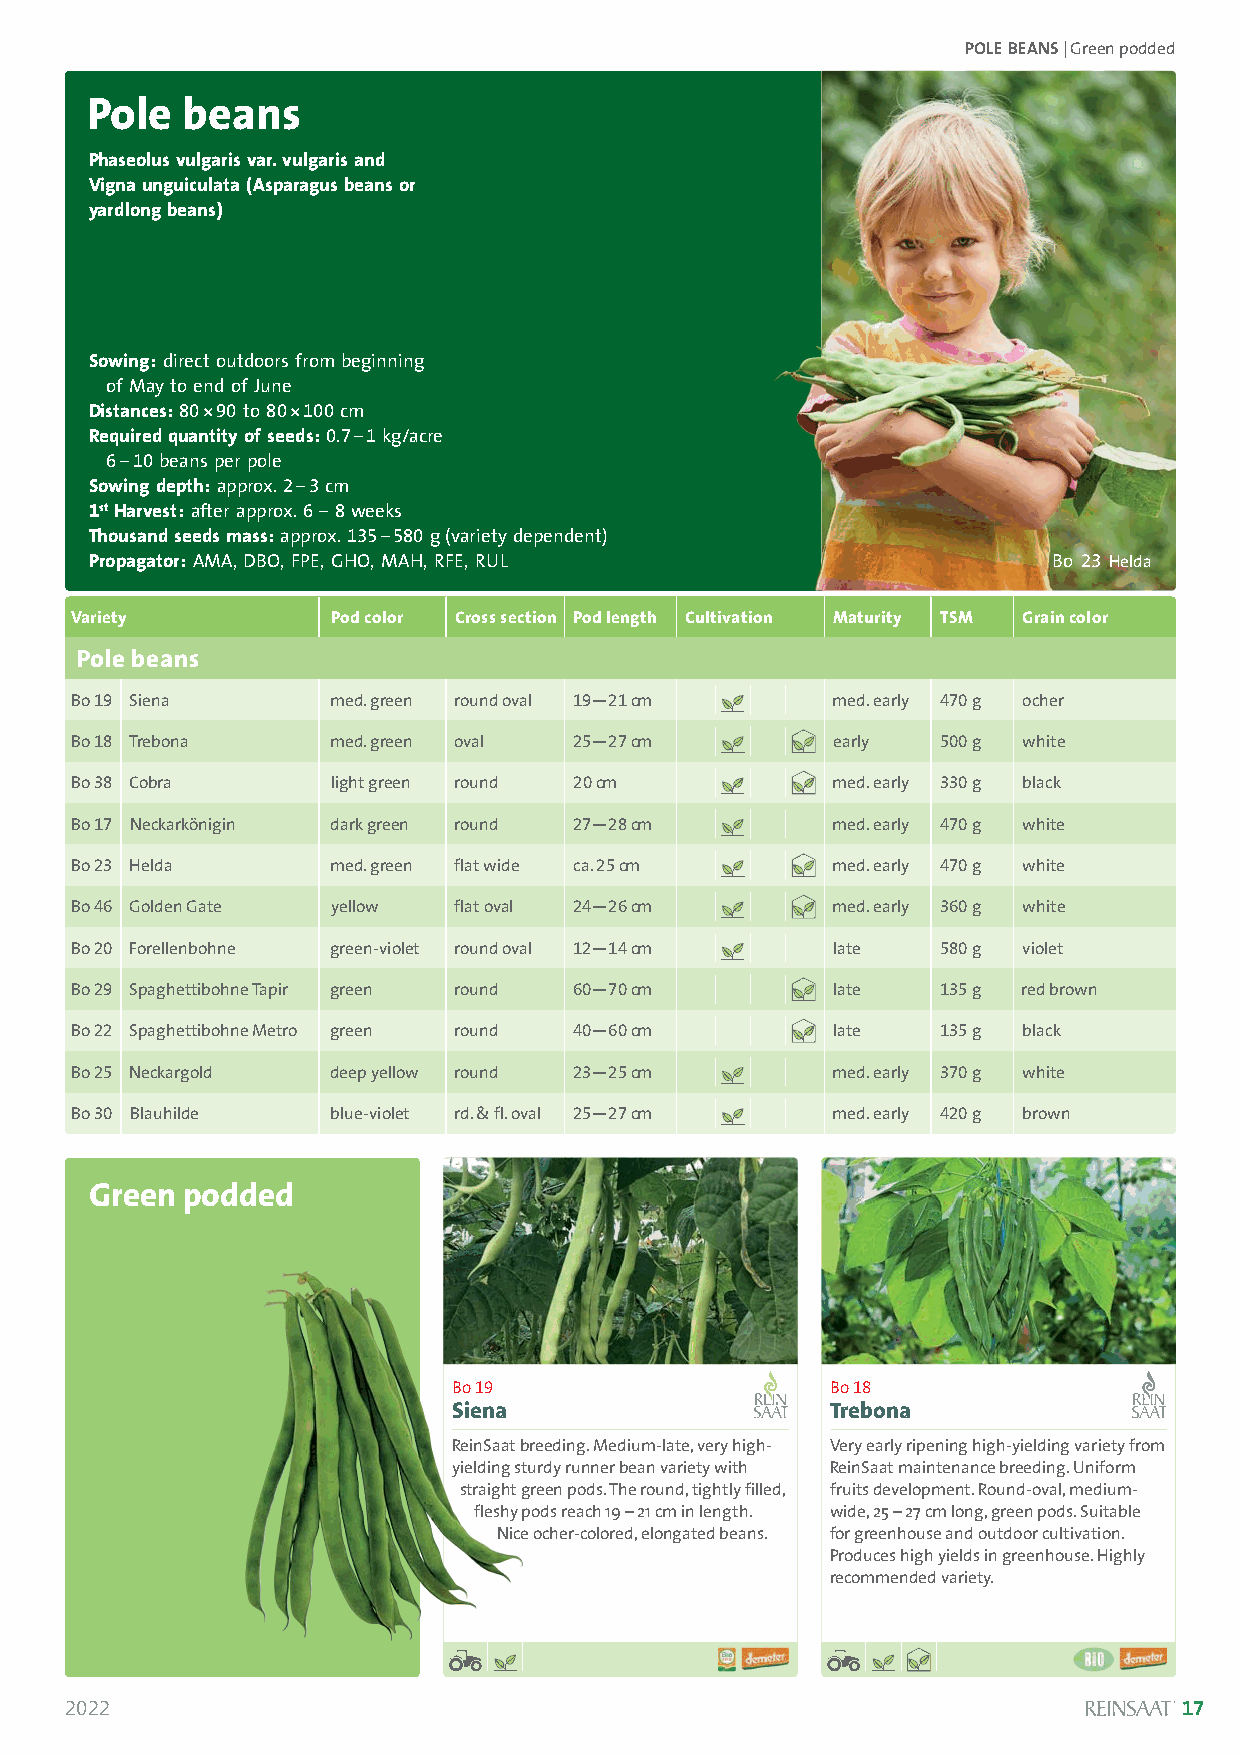
POLE BEANS| Green podded
 Pole  beans
 Phaseolus vulgaris var. vulgaris and
 Vigna unguiculata (Asparagus beans or
 yardlong beans)
 Sowing:direct outdoors from beginning
 of May to end of June
 Distances:80*90 to 80*100 cm
 Required quantity of seeds:0.7–1 kg/acre
 6–10beans per pole
 Sowing depth:approx. 2–3cm
 1stHarvest:after approx. 6–8weeks
 Thousand seeds mass:approx. 135–580 g (variety dependent)
 Propagator:AMA, DBO, FPE, GHO, MAH, RFE, RUL                    Bo 23 Helda
 Variety          Pod color Cross section Pod length Cultivation Maturity TSM Grain color
 Pole beans
 Bo 19 Siena      med. green round oval 19—21 cm   med. early 470 g ocher
 Bo 18 Trebona    med. green oval 25—27 cm         early  500 g white
 Bo 38 Cobra      light green round 20 cm          med. early 330 g black
 Bo 17 Neckarkönigin dark green round 27—28 cm     med. early 470 g white
 Bo 23 Helda      med. green flat wide ca. 25 cm   med. early 470 g white
 Bo 46 Golden Gate yellow flat oval 24—26 cm       med. early 360 g white
 Bo 20 Forellenbohne green-violet round oval 12—14 cm late 580 g violet
 Bo 29 Spaghettibohne Tapir green round 60—70 cm   late   135 g red brown
 Bo 22 Spaghettibohne Metro green round 40—60 cm   late   135 g black
 Bo 25 Neckargold deep yellow round 23—25 cm       med. early 370 g white
 Bo 30 Blauhilde  blue-violet rd. & fl. oval 25—27 cm med. early 420 g brown
 Green podded
 Solanum lycopersicum
 Bo 19                    Bo 18
 Siena                    Trebona
 ReinSaat breeding. Medium-late, very high- Very early ripening high-yielding variety from
 yielding sturdy runner bean variety with ReinSaat maintenance breeding. Uniform
 straight green pods. The round, tightly filled, fruits development. Round-oval, medium-
 fleshy pods reach 19 –21 cm in length. wide, 25 –27 cm long, green pods. Suitable
 Nice ocher-colored, elongated beans. for greenhouse and outdoor cultivation.
 Produces high yields in greenhouse. Highly
 recommended variety.
 2022                                                                      17